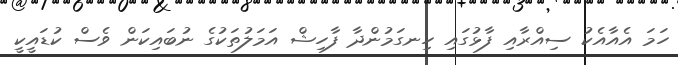
ހަމަ އެއާއެކު ސިއްރާއި ފާޅުގައި ހިނގަމުންދާ ފާހިޝް އަމަލުތަކުގެ ނުބައިކަން ވެސް ކުޑައީކީ